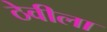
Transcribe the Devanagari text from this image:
ठेवीला